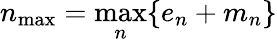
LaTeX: n_{\mathrm{max}}=\operatorname*{max}_{n}\{ e_{n}+m_{n}\}